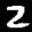
Label: 2